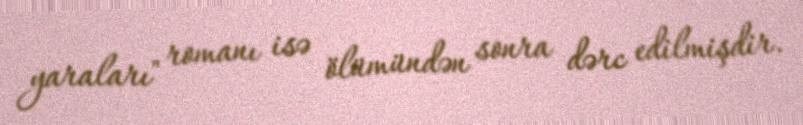
yaraları" romanı isə ölümündən sonra dərc edilmişdir.